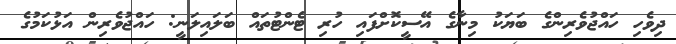
ދިވެހި ހައްޖުވެރިންގެ ބަޔަކު މިނާގެ އޭސީކޮށްފައި ހުރި ޓެންޓުތައް ބަލައިލަނީ: ހައްޖުވެރިން އަޅުކަމުގެ